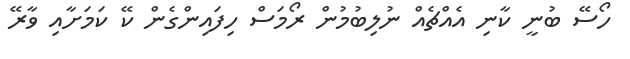
ހޯސޭ ބުނީ ކާނި އެއްޗެއް ނުލިބުމުން ރޯމަސް ހިފައިންގެން ކޭ ކަމަށާއި ވާރޭ